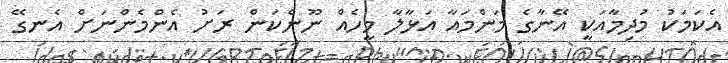
އެކަމަކު މުދިމާއަކީ އޭނާގެ މަންމައާ އަޅާލާ މީހެއް ނޫންކަން ރަށު އެންމެންނަށް އެނގޭ